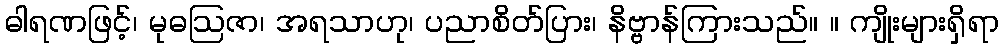
ဓါရဏဖြင့်၊ မုဓဩဇာ၊ အရသာဟု၊ ပညာစိတ်ပြား၊ နိဗ္ဗာန်ကြားသည်။ ။ ကျိုးများရှိရာ